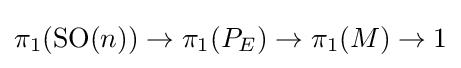
\pi _{1}(\operatorname {SO} (n))\to \pi _{1}(P_{E})\to \pi _{1}(M)\to 1